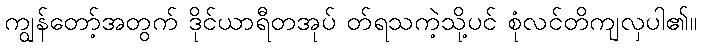
ကျွန်တော့်အတွက် ဒိုင်ယာရီတအုပ် တ်ရသကဲ့သို့ပင် စုံလင်တိကျလှပါ၏။